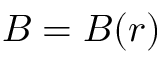
{ \boldsymbol { B } } = { \boldsymbol { B } } ( { \boldsymbol { r } } )